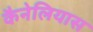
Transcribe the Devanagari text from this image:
कैनेलियास